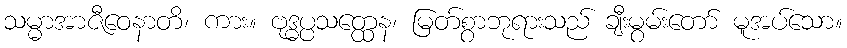
သမ္မာအာဇီဝေနာတိ၊ ကား။ ဗုဒ္ဓပ္ပသတ္ထေန၊ မြတ်စွာဘုရားသည် ချီးမွမ်းတော် မူအပ်သော။